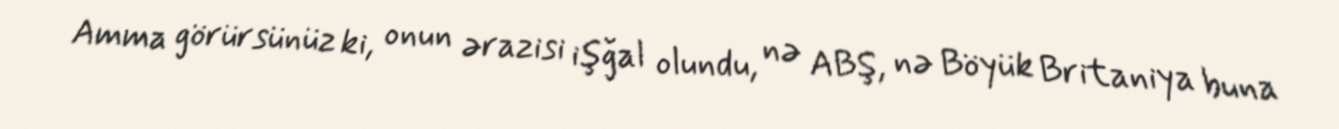
Amma görürsünüz ki, onun ərazisi işğal olundu, nə ABŞ, nə Böyük Britaniya buna